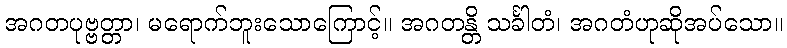
အဂတပုဗ္ဗတ္တာ၊ မရောက်ဘူးသောကြောင့်။ အဂတန္တိ သင်္ခါတံ၊ အဂတံဟုဆိုအပ်သော။